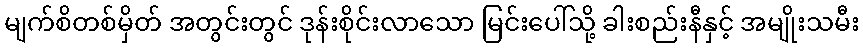
မျက်စိတစ်မှိတ် အတွင်းတွင် ဒုန်းစိုင်းလာသော မြင်းပေါ်သို့ ခါးစည်းနီနှင့် အမျိုးသမီး